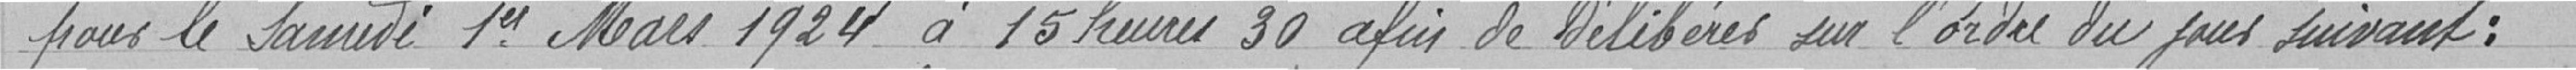
pour le Santé 1er Mars 1924 à 15 heures 30 afin de Délibères sur l'ordre du jour suivant :